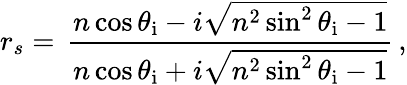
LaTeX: r_{s}=\, {\frac{n\cos\theta_{\mathrm{i}}-i{\sqrt{n^{2}\sin^{2}\theta_{\mathrm{i}}-1}}}{n\cos\theta_{\mathrm{i}}+i{\sqrt{n^{2}\sin^{2}\theta_{\mathrm{i}}-1}}}}\, ,